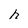
Character: h